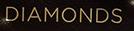
diamonds